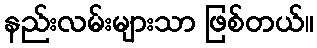
နည်းလမ်းများသာ ဖြစ်တယ်။